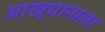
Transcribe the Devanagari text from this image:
आख्यानाला